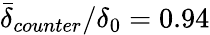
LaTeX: \bar{\delta}_{counter}/\delta_{0}=0.94